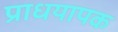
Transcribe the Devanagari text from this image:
प्राधयापक